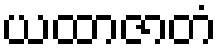
ယထာဇာတံ